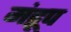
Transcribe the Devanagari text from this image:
मंद्रूप